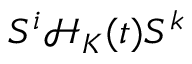
S ^ { i } \mathcal { H } _ { K } ( t ) S ^ { k }